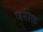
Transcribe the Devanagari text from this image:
षरीक़